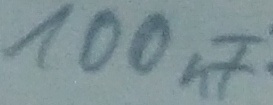
Text: 100nF